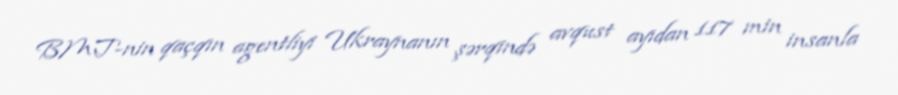
BMT-nin qaçqın agentliyi Ukraynanın şərqində avqust ayıdan 117 min insanla